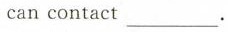
can contactv___.